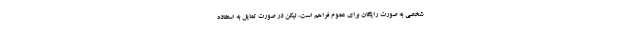
شخصی به صورت رایگان برای عموم فراهم است، لیکن در صورت تمایل به استفاده